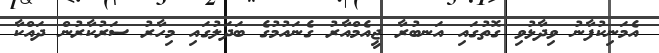
އެމަނިކުފާނު ވިދާޅުވި ގޮތުގައި އަނބުރާ ޖީއެމްއާރު ގެނައުމުގެ ބަދަލުގައި މިހާރު ސަރުކާރުން ދައްކާ